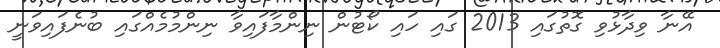
އޭނާ ވިދާޅުވި ގޮތުގައި 2013 ގައި ހައި ކޯޓުން ނިންމާފައިވާ ނިންމުމެއްގައި ބުނެފައިވަނީ